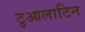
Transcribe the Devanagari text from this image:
टुआलाटिन